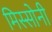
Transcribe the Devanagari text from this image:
मिस्सोनी